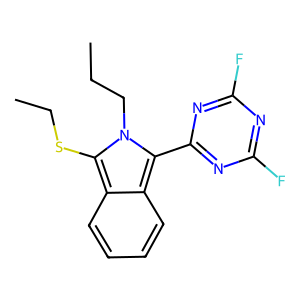
SMILES: CCCn1c(SCC)c2ccccc2c1-c1nc(F)nc(F)n1
Inhibits HIV replication: No